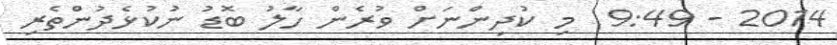
2014 - 9:49  މި ކުދިންނަށް ވުރެން ހާލު ބޮޑު ނުކުޅެދުންތެރި